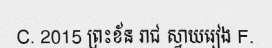
C. 2015 ព្រះខ័ន រាជ ស្វាយរៀង F.